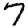
Digit: 7